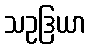
သဥဒြယာ